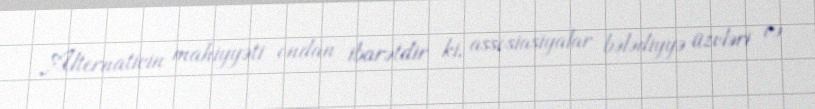
Alternativin mahiyyəti ondan ibarətdir ki, assosiasiyalar bələdiyyə üzvləri və